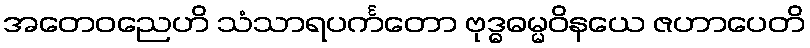
အတေဝညေဟိ သံသာရပင်္ကတော ဗုဒ္ဓဓမ္မဝိနယေ ဇဟာပေတိ